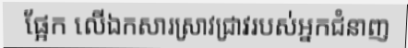
ផ្អែក លើឯកសារស្រាវជ្រាវរបស់អ្នកជំនាញ